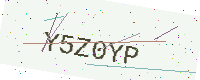
Text: Y5Z0YP